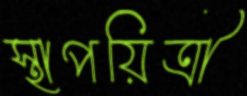
স্থাপয়িত্রী